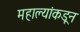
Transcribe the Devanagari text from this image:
महाल्यांकडून